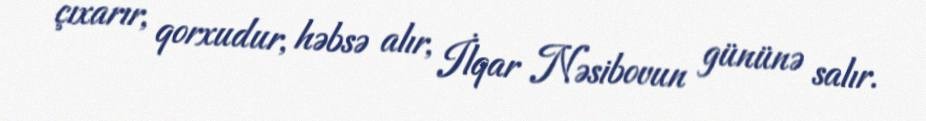
çıxarır, qorxudur, həbsə alır, İlqar Nəsibovun gününə salır.